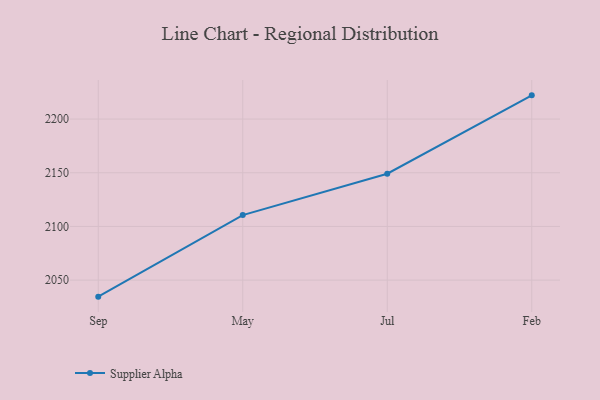
{"axis": {"x": "Month", "y": "Population (Million)"}, "legend": ["Supplier Alpha"], "data": [{"x": "Sep", "y": 2034.6, "type": "Supplier Alpha"}, {"x": "May", "y": 2110.6, "type": "Supplier Alpha"}, {"x": "Jul", "y": 2149.1, "type": "Supplier Alpha"}, {"x": "Feb", "y": 2222.1, "type": "Supplier Alpha"}]}